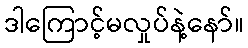
ဒါကြောင့်မလှုပ်နဲ့နော်။